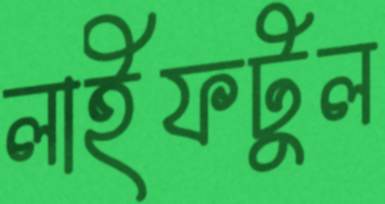
লাইফটুল